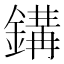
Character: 𨪋